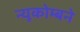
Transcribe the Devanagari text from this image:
न्यूकोम्बने